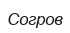
Согров